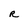
Character: R